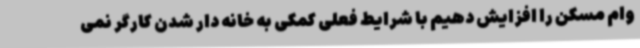
وام مسکن را افزایش دهیم با شرایط فعلی کمکی به خانه دار شدن کارگر نمی